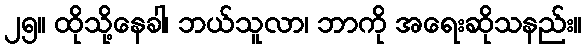
၂၅။ ထိုသို့နေခါ၊ ဘယ်သူလာ၊ ဘာကို အရေးဆိုသနည်း။